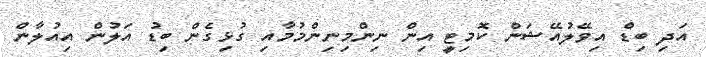
އަދި ބިޑް އިވޭލުއޭޝަން ކޮމިޓީ އިން ނިންމިނިންމުމާއި ގުޅިގެން ބިޑު އަލުން އިއުލާން